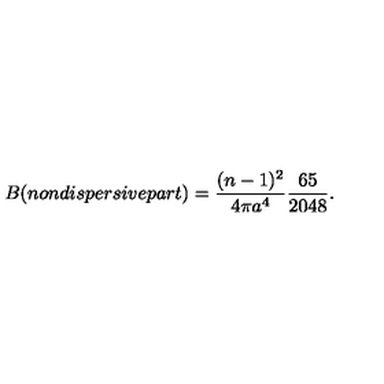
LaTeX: B ( n o n d i s p e r s i v e p a r t ) = \frac { ( n - 1 ) ^ { 2 } } { 4 \pi a ^ { 4 } } \frac { 6 5 } { 2 0 4 8 } .